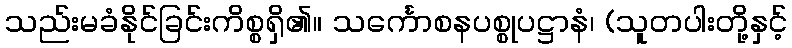
သည်းမခံနိုင်ခြင်းကိစ္စရှိ၏။ သင်္ကောစနပစ္စုပဋ္ဌာနံ၊ (သူတပါးတို့နှင့်